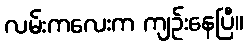
လမ်းကလေးက ကျဉ်းနေပြီ။